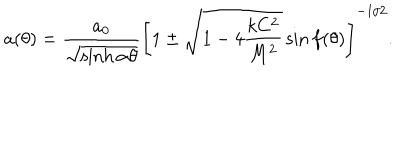
a ( \theta ) = \frac { a _ { 0 } } { \sqrt { \sinh \alpha \theta } } \left[ 1 \pm \sqrt { 1 - 4 \displaystyle { \frac { k C ^ { 2 } } { M ^ { 2 } } } } \sin f ( \theta ) \right] ^ { - 1 / 2 } .